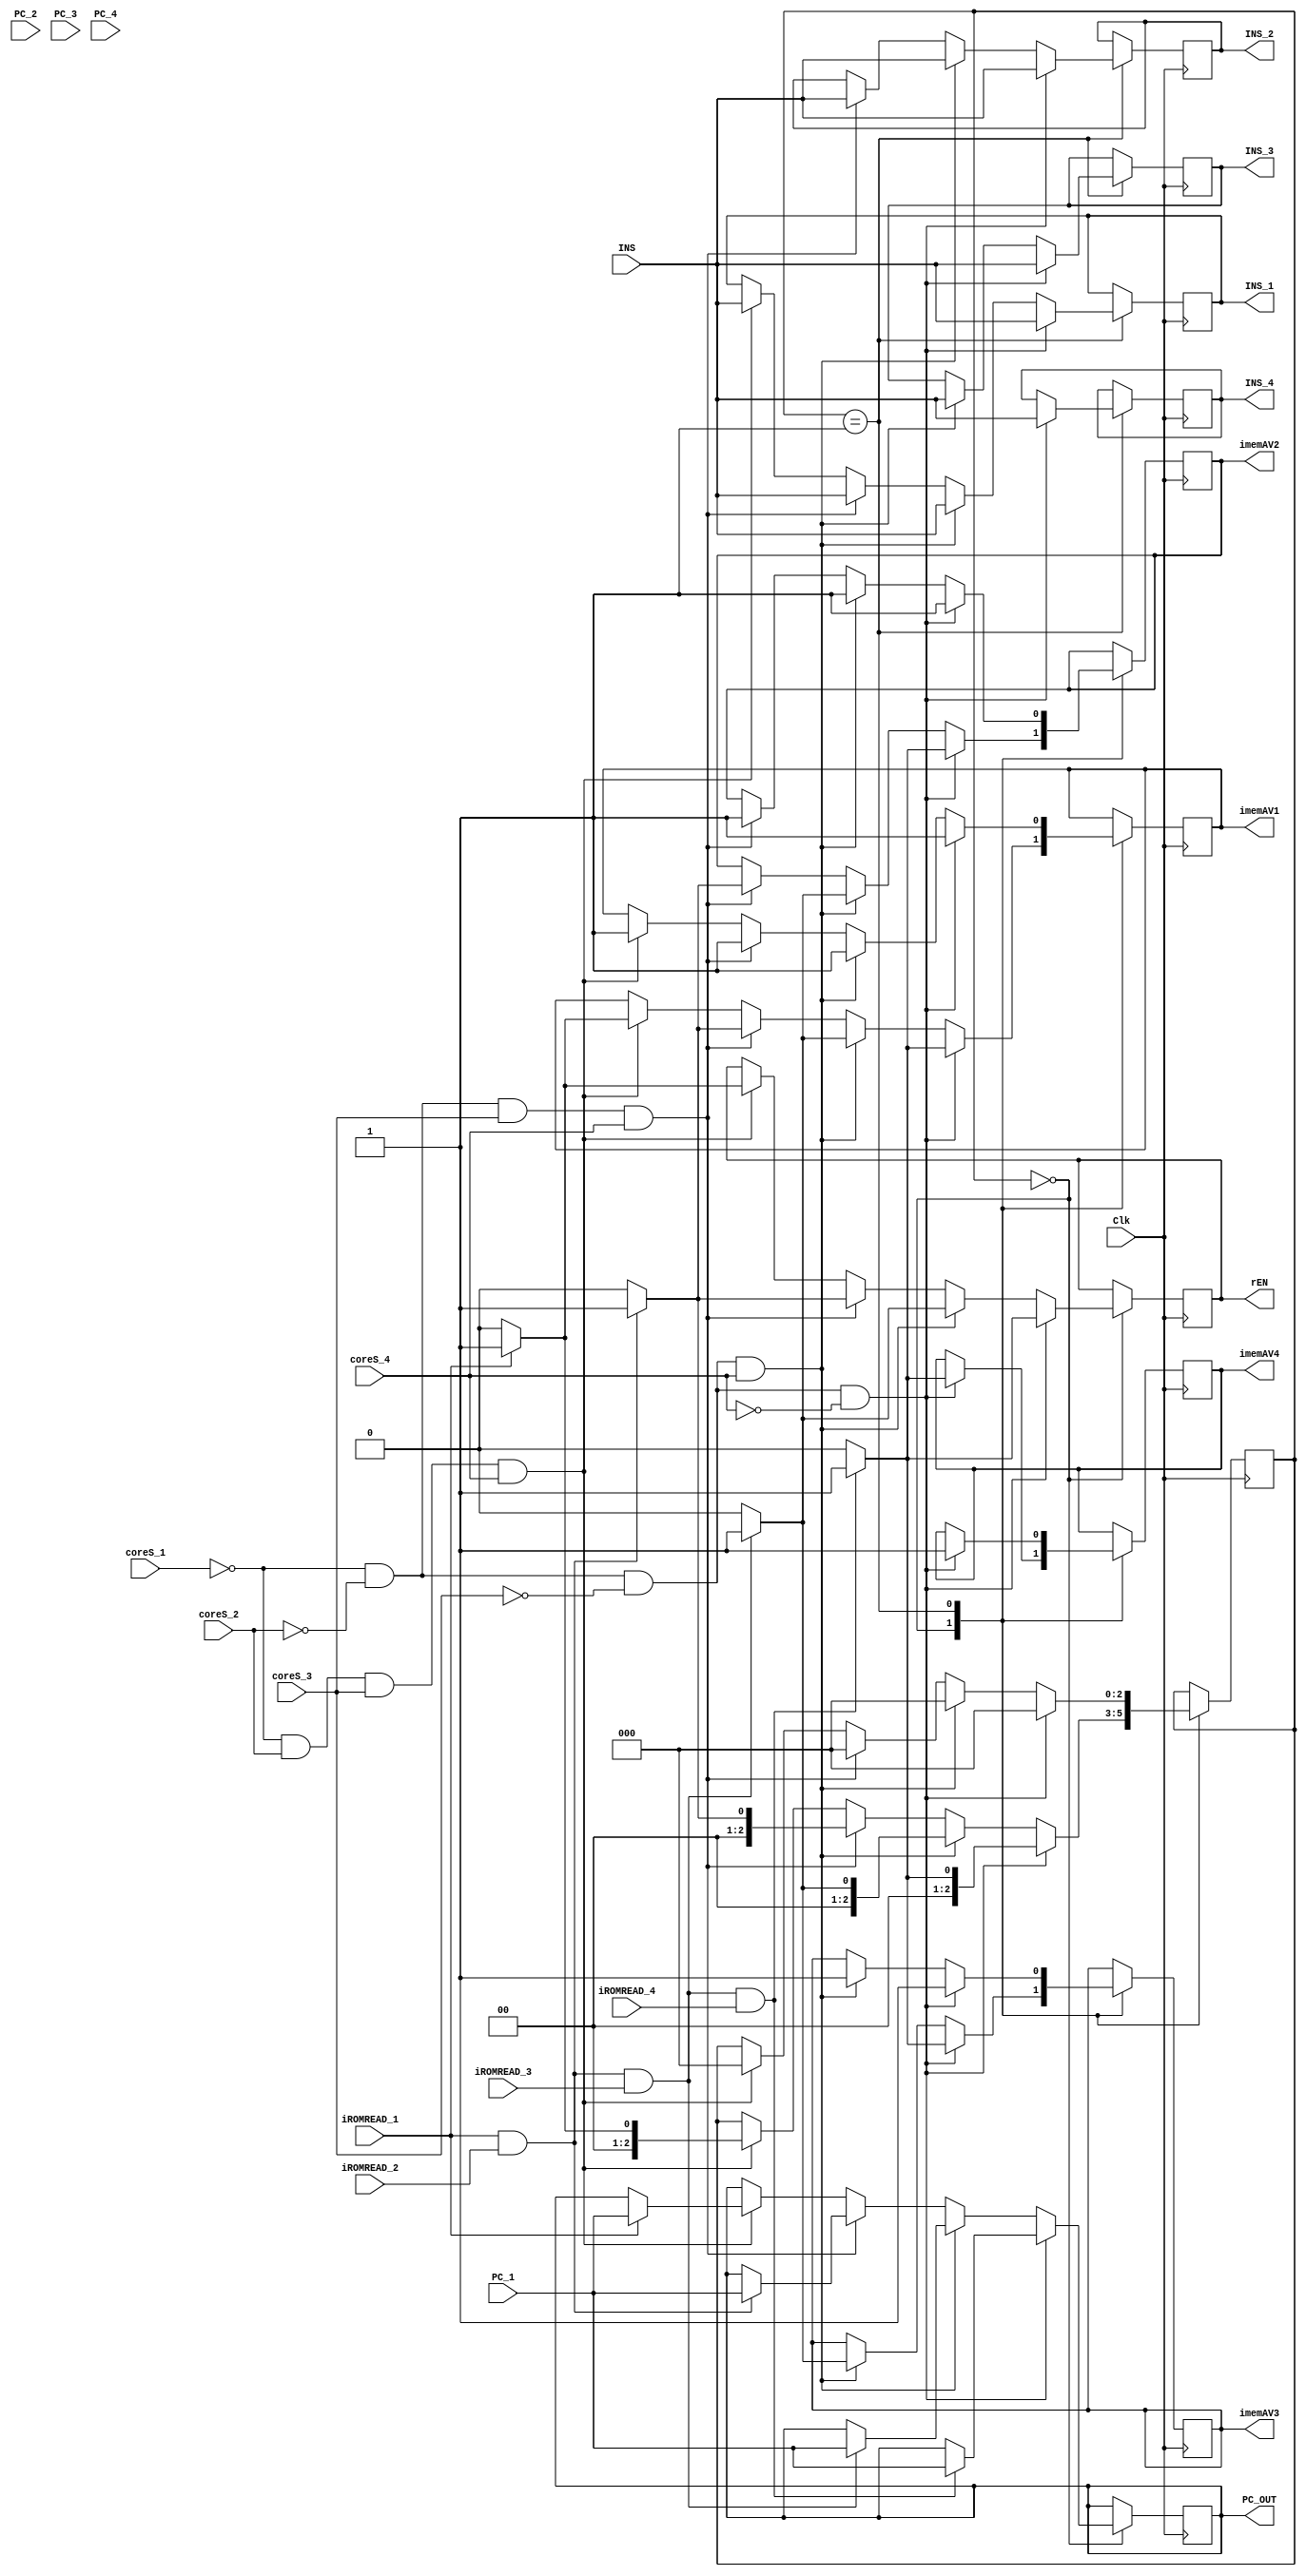
module imem_controller#(parameter WIDTH=8)(
    input Clk,
    input iROMREAD_1, iROMREAD_2, iROMREAD_3,iROMREAD_4,                //rEn signals from each core
    input coreS_1, coreS_2, coreS_3,coreS_4,                            //core states from each core
    input [WIDTH-1:0] PC_1, PC_2, PC_3,PC_4,                            //addresses from each core
    input [WIDTH-1:0]INS,                                               //Instruction from IROM
    output reg rEN,                                                     //rEn signal to IROM
    output reg [WIDTH-1:0] PC_OUT,                                      //read address to IROM
    output reg [WIDTH-1:0]INS_1, INS_2, INS_3,INS_4,                    //read instructions to cores
    output reg imemAV1, imemAV2, imemAV3,imemAV4                        //IROM read state signal to each core
);
localparam NORMI = 3'b000;
localparam NORMENDI = 3'b001; 

reg [2:0] NEXT_STATE_IC=NORMI;
reg [2:0] STATE_IC=NORMI;



always @(negedge Clk) begin
    STATE_IC = NEXT_STATE_IC;
    case (STATE_IC)
    NORMI:
        if ((coreS_1==0) && (coreS_2==0) && (coreS_3==0) && (coreS_4==0)) begin
            if(iROMREAD_1==1 && iROMREAD_2==1 && iROMREAD_3==1 && iROMREAD_4==1) begin
                rEN <= 1;
                PC_OUT <= PC_1;
                NEXT_STATE_IC <= NORMENDI;
                imemAV1 <= 1;
                imemAV2 <= 1;
                imemAV3 <= 1;
                imemAV4 <= 1;
            end
            else begin
                rEN <= 0;
                imemAV1 <= 0;
                imemAV2 <= 0;
                imemAV3 <= 0;
                imemAV4 <= 0;
                NEXT_STATE_IC <= NORMI;

            end
        end
        else if(coreS_1==0 && coreS_2==0 && coreS_3==0 && coreS_4==1) begin
            if(iROMREAD_1==1 && iROMREAD_2==1 && iROMREAD_3==1) begin
               rEN <= 1;
               PC_OUT <= PC_1;
               NEXT_STATE_IC <= NORMENDI;
                imemAV1 <= 1;
                imemAV2 <= 1;
                imemAV3 <= 1;              
            end
            else begin
                rEN <= 0;
                imemAV1 <= 0;
                imemAV2 <= 0;
                imemAV3 <= 0;
                NEXT_STATE_IC <= NORMI;

            end
            
        end

        else if(coreS_1==0 && coreS_2==0 && coreS_3==1 && coreS_4==1) begin
            if(iROMREAD_1==1 && iROMREAD_2==1) begin
               rEN <= 1;
               PC_OUT <= PC_1;
               NEXT_STATE_IC <= NORMENDI;
                imemAV1 <= 1;
                imemAV2 <= 1;
            end
            else begin
                rEN <= 0;
                imemAV1 <= 0;
                imemAV2 <= 0;
                NEXT_STATE_IC <= NORMI;

            end
            
        end

        else if(coreS_1==0 && coreS_2==1 && coreS_3==1 && coreS_4==1) begin
            if(iROMREAD_1==1) begin
               rEN <= 1;
               PC_OUT <= PC_1;
               NEXT_STATE_IC <= NORMENDI;
                imemAV1 <= 1;
            end
            else begin
                rEN <= 0;
                imemAV1 <= 0;
                NEXT_STATE_IC <= NORMI;

            end
            
        end
    
    NORMENDI:
      if(coreS_1==0 && coreS_2==0 && coreS_3==0 && coreS_4==0) begin
        INS_1 <= INS;
        INS_2 <= INS;
        INS_3 <= INS;
        INS_4 <= INS;
        imemAV1 <= 1;
        imemAV2 <= 1;
        imemAV3 <= 1;
        imemAV4 <= 1;
        NEXT_STATE_IC <= NORMI;     
      end

      else if(coreS_1==0 && coreS_2==0 && coreS_3==0 && coreS_4==1) begin
        INS_1 <= INS;
        INS_2 <= INS;
        INS_3 <= INS;
        imemAV1 <= 1;
        imemAV2 <= 1;
        imemAV3 <= 1;
        NEXT_STATE_IC <= NORMI;     
      end

     else if(coreS_1==0 && coreS_2==0 && coreS_3==1 && coreS_4==1) begin
        INS_1 <= INS;
        INS_2 <= INS;
        imemAV1 <= 1;
        imemAV2 <= 1;
        NEXT_STATE_IC <= NORMI;     
     end

      else if(coreS_1==0 && coreS_2==1 && coreS_3==1 && coreS_4==1) begin
        INS_1 <= INS;
        imemAV1 <= 1;
        NEXT_STATE_IC <= NORMI;     
     end

    endcase

end

endmodule